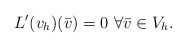
\begin{align*}L'(v_h)(\bar{v})=0 ~\forall\bar{v} \in V_h . \end{align*}